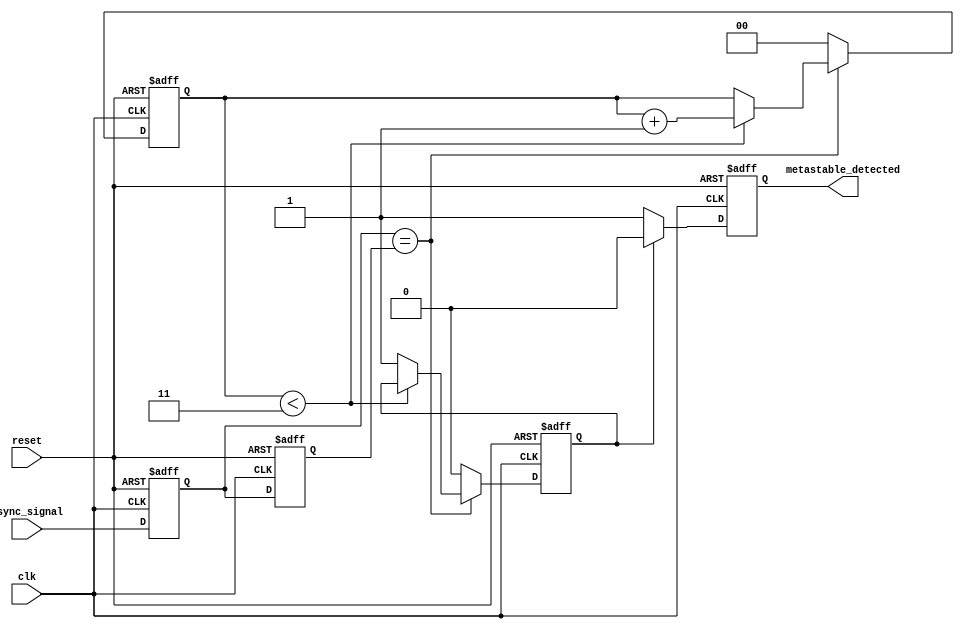
module metastability_detector (
    input wire clk,                // Stable clock signal
    input wire async_signal,       // Asynchronous input signal
    input wire reset,              // Reset signal
    output reg metastable_detected // Output indicator for metastability
);

    // Parameters
    parameter STABILITY_CYCLES = 4; // Number of cycles to check for stability

    // Internal signals
    reg latch1, latch2;            // Outputs of the two latches
    reg [1:0] stable_counter;       // Counter for stability checking
    reg stable;                    // Indicates if the output is stable

    // Latch behavior
    always @(posedge clk or posedge reset) begin
        if (reset) begin
            latch1 <= 1'b0;
            latch2 <= 1'b0;
            metastable_detected <= 1'b0;
            stable_counter <= 2'b00;
            stable <= 1'b0;
        end else begin
            // Sample the asynchronous signal
            latch1 <= async_signal; // First latch captures the async signal
            latch2 <= latch1;       // Second latch captures the output of the first latch

            // Stability checking
            if (latch1 == latch2) begin
                if (stable_counter < STABILITY_CYCLES - 1) begin
                    stable_counter <= stable_counter + 1;
                end else begin
                    stable <= 1'b1; // Outputs are stable
                end
            end else begin
                stable_counter <= 2'b00; // Reset counter on disagreement
                stable <= 1'b0;           // Outputs are not stable
            end

            // Metastability detection
            if (!stable) begin
                metastable_detected <= 1'b1; // Indicate metastability detected
            end else begin
                metastable_detected <= 1'b0; // Clear the indication if stable
            end
        end
    end

endmodule